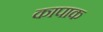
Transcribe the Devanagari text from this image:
कापाक